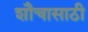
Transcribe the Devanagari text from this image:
शौचासाठी